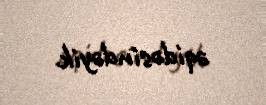
əqidəsindəyik.